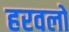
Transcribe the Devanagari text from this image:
हरवलो